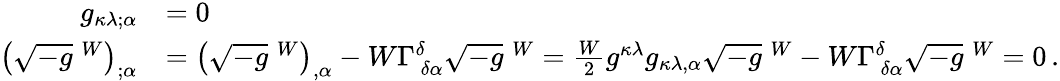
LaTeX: {\begin{array}{rl}{g_{\kappa\lambda;\alpha}}&{=0}\\ {\left({\sqrt{-g}}\; ^{W}\right)_{;\alpha}}&{=\left({\sqrt{-g}}\; ^{W}\right)_{,\alpha}-W\Gamma_{~\delta\alpha}^{\delta}{\sqrt{-g}}\; ^{W}={\frac{W}{2}}g^{\kappa\lambda}g_{\kappa\lambda,\alpha}{\sqrt{-g}}\; ^{W}-W\Gamma_{~\delta\alpha}^{\delta}{\sqrt{-g}}\; ^{W}=0\, .}\end{array}}